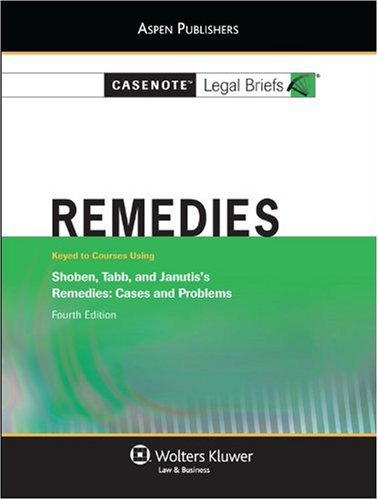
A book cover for Casenote Legal Briefs: Remedies: Keyed to Shoben, Tabb and Janutis's Remedies, 4th Ed.; Casenote Legal Briefs; Law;